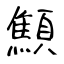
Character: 顦